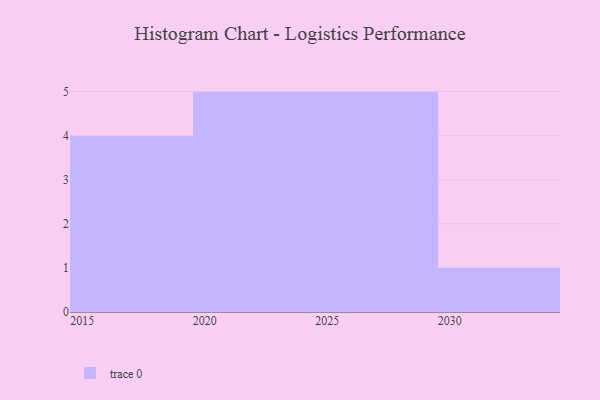
{"axis": {"x": "Year", "y": "Gross Profit (USD K)"}, "legend": [""], "data": [{"x": "2028", "y": 32, "type": ""}, {"x": "2016", "y": 90, "type": ""}, {"x": "2029", "y": 19, "type": ""}, {"x": "2017", "y": 57, "type": ""}, {"x": "2027", "y": 24, "type": ""}, {"x": "2020", "y": 5, "type": ""}, {"x": "2024", "y": 92, "type": ""}, {"x": "2021", "y": 77, "type": ""}, {"x": "2023", "y": 35, "type": ""}, {"x": "2026", "y": 30, "type": ""}, {"x": "2019", "y": 83, "type": ""}, {"x": "2022", "y": 28, "type": ""}, {"x": "2030", "y": 66, "type": ""}, {"x": "2025", "y": 53, "type": ""}, {"x": "2018", "y": 72, "type": ""}]}